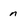
Character: n